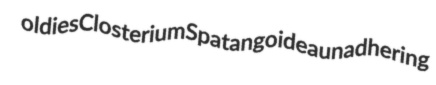
oldies Closterium Spatangoidea unadhering